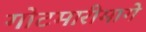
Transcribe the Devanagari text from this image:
गोटमारीमागे